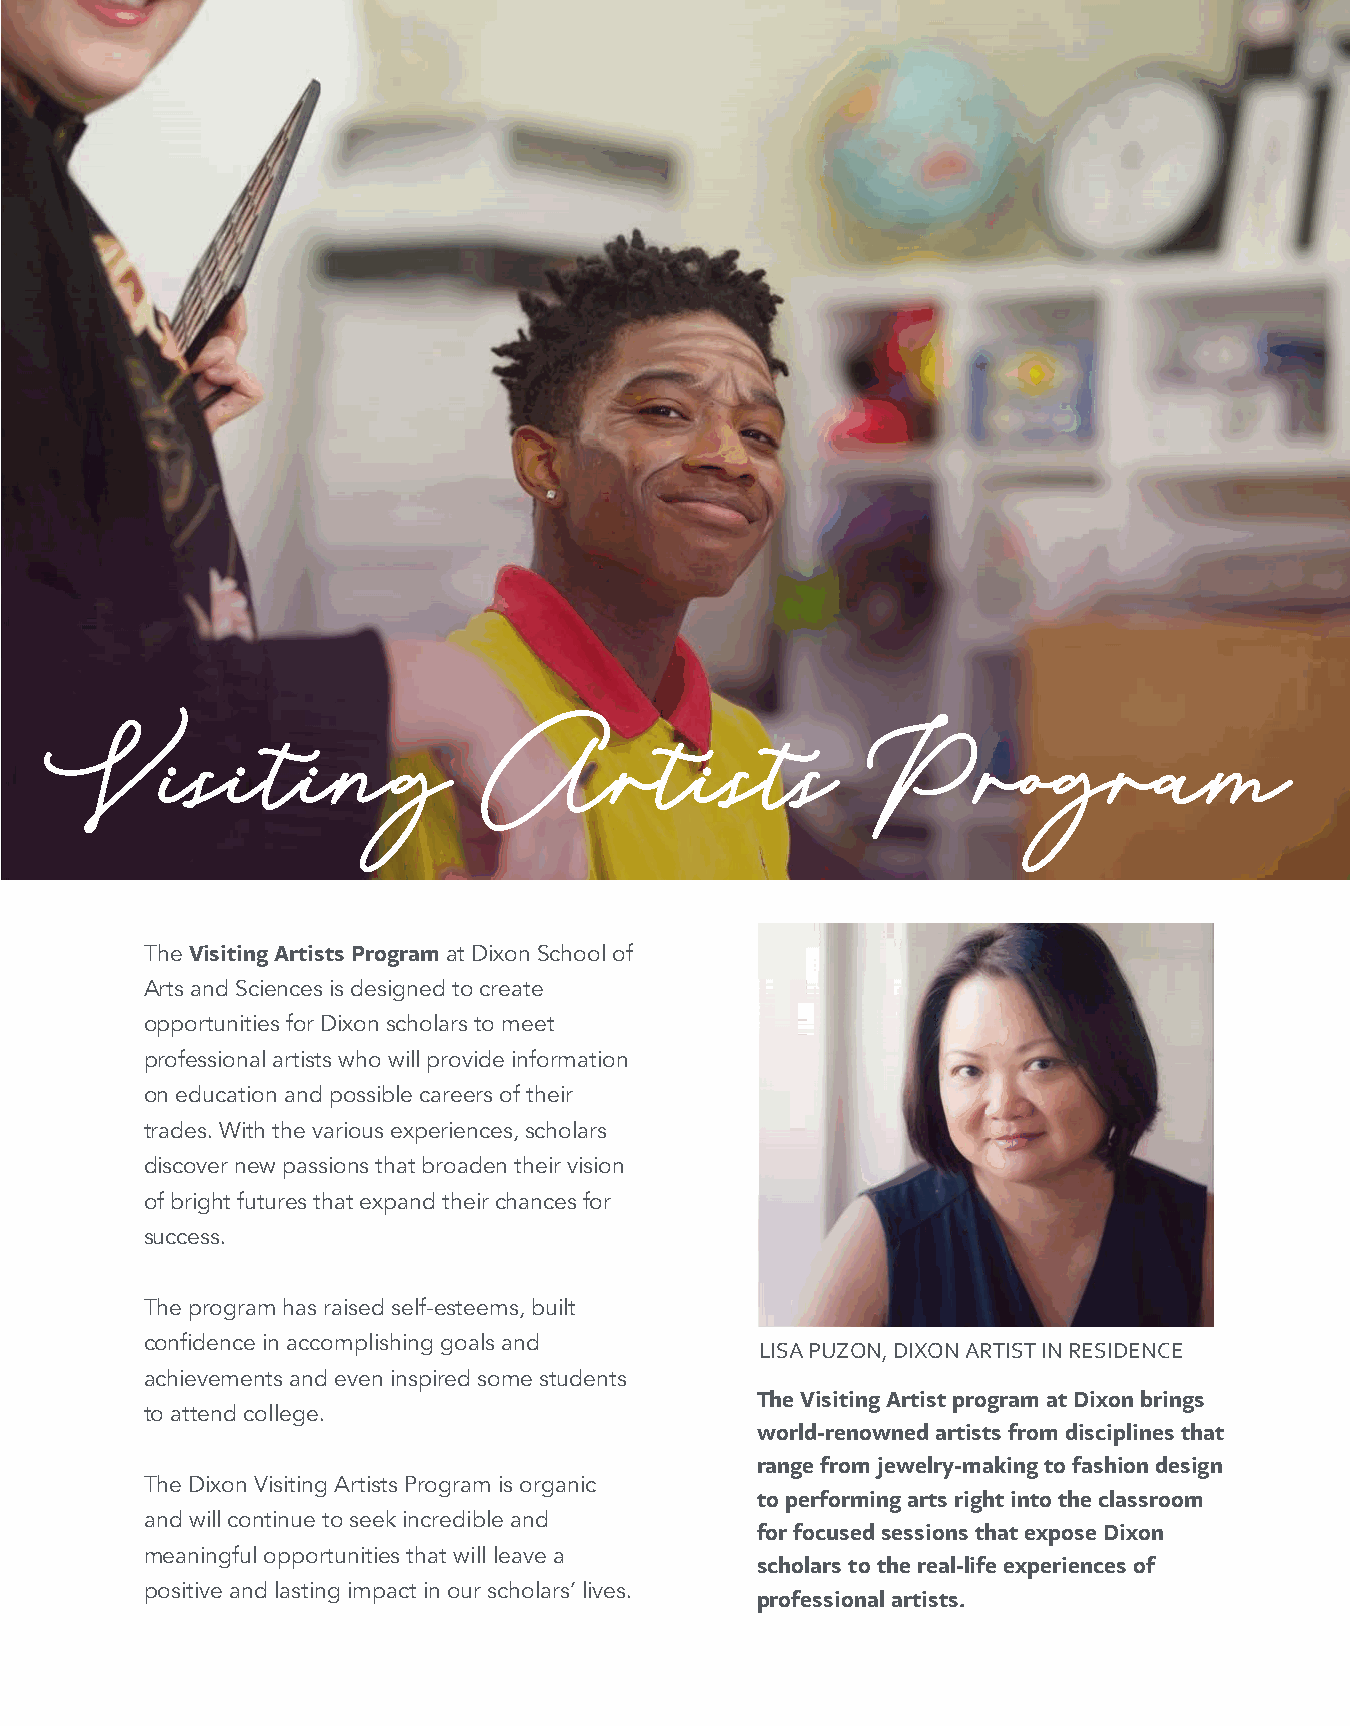
Visiting                    Artists                  Program
 The Visiting Artists Program at Dixon School of
 Arts and Sciences is designed to create
 opportunities for Dixon scholars to meet
 professional artists who will provide information
 on education and possible careers of their
 trades. With the various experiences, scholars
 discover new passions that broaden their vision
 of bright futures that expand their chances for
 success.
 The program has raised self-esteems, built
 confidence in accomplishing goals and   LISA PUZON, DIXON ARTIST IN RESIDENCE
 achievements and even inspired some students
 The Visiting Artist program at Dixon brings
 to attend college.
 world-renowned artists from disciplines that
 range from jewelry-making to fashion design
 The Dixon Visiting Artists Program is organic
 to performing arts right into the classroom
 and will continue to seek incredible and
 for focused sessions that expose Dixon
 meaningful opportunities that will leave a
 scholars to the real-life experiences of
 positive and lasting impact in our scholars’ lives. professional artists.